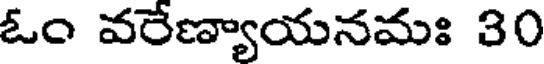
ఓం వరేణ్యాయనమః 30